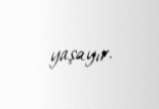
yaşayır.